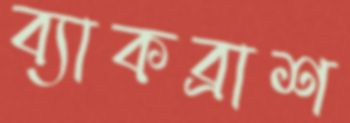
ব্যাকব্রাশ